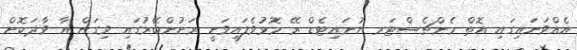
އެއްވަނައިގައި އޮތް މެންޗެސްޓަރ ޔުނައިޓެޑް ރޭ މޮޅުވެފައިވަނީ ރަށުންބޭރުގައި ވިގަން އާ ވާދަކޮށް